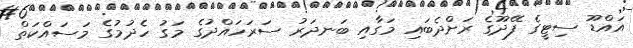
އައްޑޫ ސިޓީގެ ފޭދޫގެ ރަށްދެބައި މަގާއި ބަނދަރު ސަރަހައްދުގެ މަގު ހެދުމުގެ މަސައްކަތް